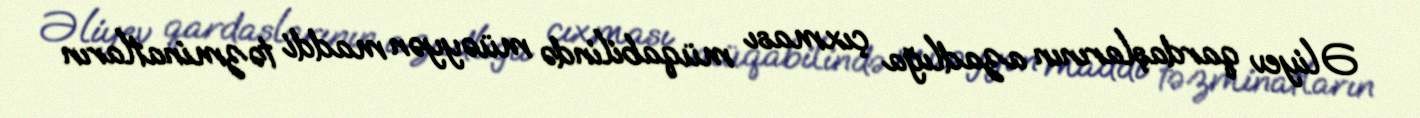
Əliyev qardaşlarının azadlığa çıxması müqabilində müəyyən maddi təzminatların